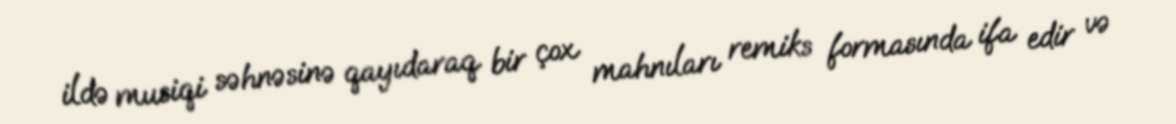
ildə musiqi səhnəsinə qayıdaraq bir çox mahnıları remiks formasında ifa edir və